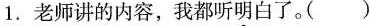
1.老师讲的内容，我都听明白了。( )